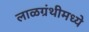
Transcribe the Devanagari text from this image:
लाळग्रंथीमध्ये